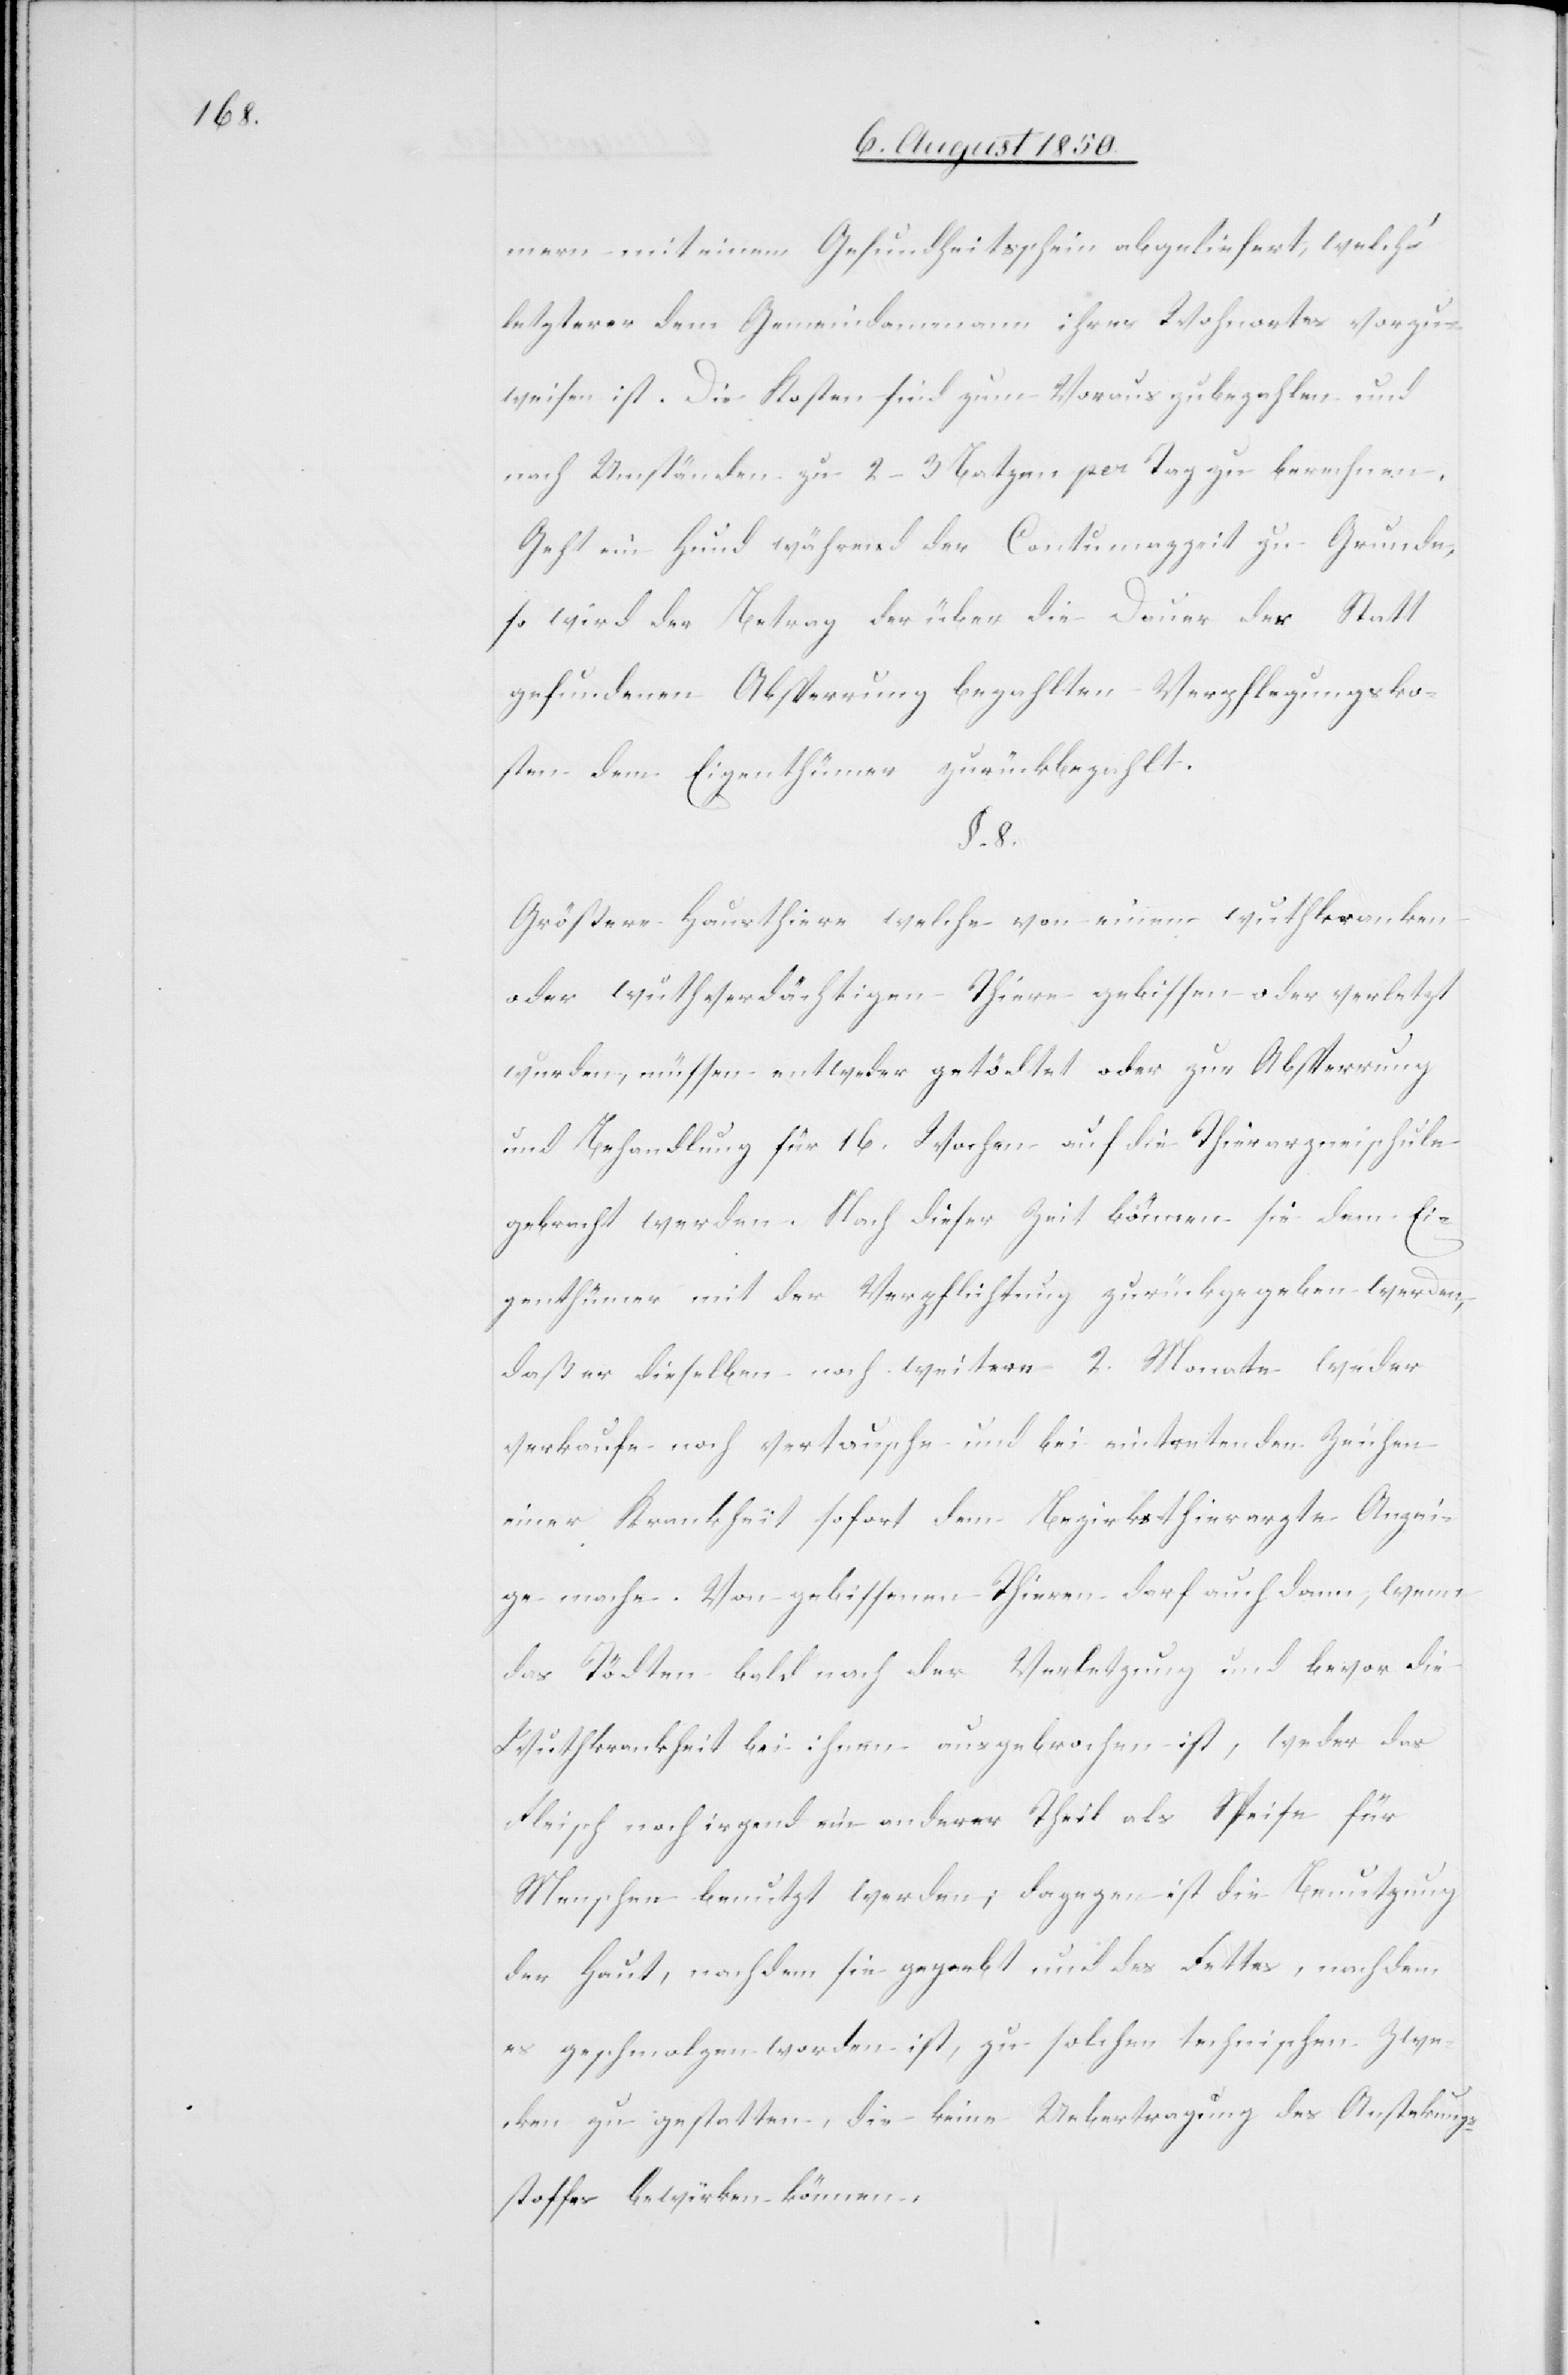
mern mit einem Gesundheitsschein abgeliefert, welch‘
letzterer dem Gemeindammann ihres Wohnortes vorzu¬
weisen ist. Die Kosten sind zum Voraus zu bezahlen und
nach Umständen zu 2–3 Batzen per Tag zu berechnen.
Geht ein Hund während der Contumazzeit zu Grunde,
so wird der Betrag der über die Dauer der Statt
gefundenen Absperrung bezahlten Verpflegungsko¬
sten dem Eigenthümer zurückbezahlt.
§. 8.
Größere Hausthiere welche von einem wuthkranken
oder wuthverdächtigen Thiere gebissen oder verletzt
wurden, müssen entweder getödtet oder zur Absperrung
und Behandlung für 16. Wochen auf die Thierarzneischule
gebracht werden. Nach dieser Zeit können sie dem Ei¬
genthümer mit der Verpflichtung zurückgegeben werden,
daß er dieselben noch weitere 2. Monate weder
verkaufe noch vertausche und bei eintretenden Zeichen
einer Krankheit sofort dem Bezirksthierarzte Anzei¬
ge mache. Von gebissenen Thieren darf auch dann, wenn
das Tödten bald nach der Verletzung und bevor die
Wuthkrankheit bei ihnen ausgebrochen ist, weder das
Fleisch noch irgend ein anderer Theil als Speise für
Menschen benutzt werden; dagegen ist die Benutzung
der Haut, nachdem sie gegerbt und des Fettes, nachdem
es geschmolzen worden ist, zu solchen technischen Zwe¬
cken zu gestatten, die keine Uebertragung des Anstekung¬
sstoffes bewirken können.